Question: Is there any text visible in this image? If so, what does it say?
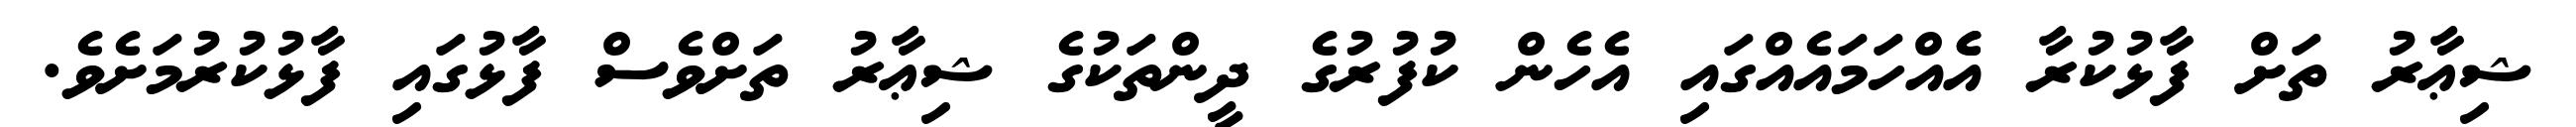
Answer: ޝިޢާރު ތަށް ފާޅުކުރާ އެެއްހަމައެއްގައި އެހެން ކުފުރުގެ ދީންތަކުގެ ޝިޢާރު ތަށްވެސް ފާޅުގައި ފާޅުކުރުމަށެވެ.